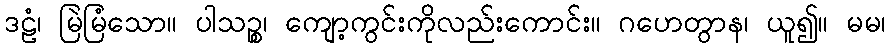
ဒဠံ၊ မြဲမြံသော။ ပါသဉ္စ၊ ကျော့ကွင်းကိုလည်းကောင်း။ ဂဟေတွာန၊ ယူ၍။ မမ၊